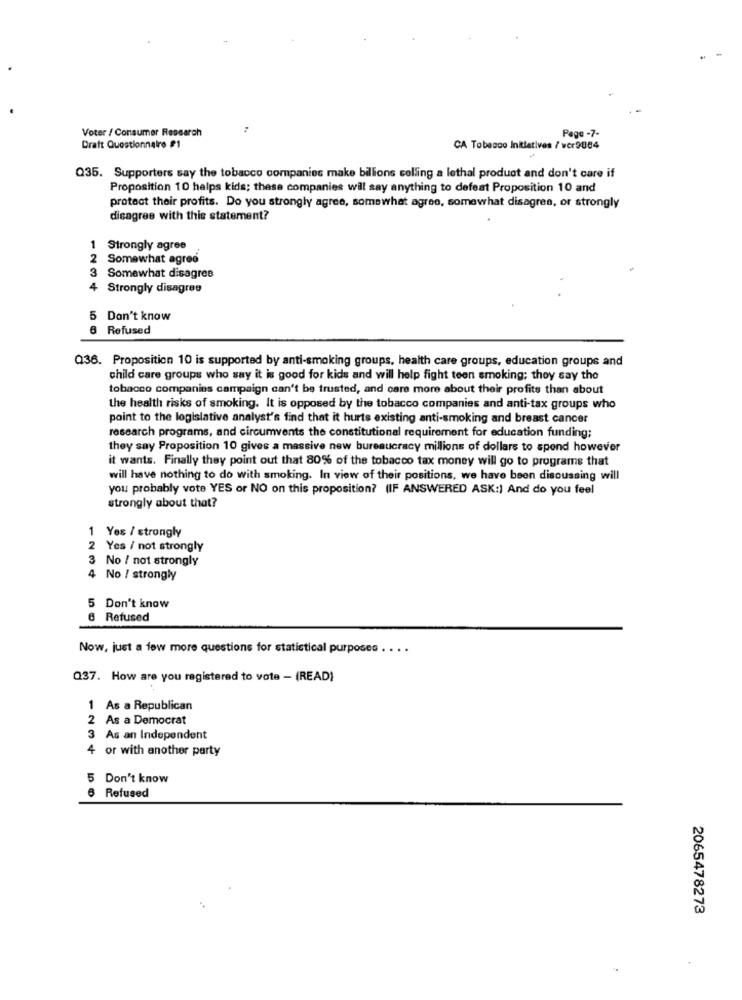
Voter / Consumer Research
Page -7-
Draft Questionnaire #1
CA Tobacco Initiatives / vcr9084
Q35. Supporters say the tobacco companies make billions colling a lethal product and don't care if
Proposition 10 helps kids; these companies will say anything to defeat Proposition 10 and
protect their profits. Do you strongly agree, somewhat agree, somewhat disagree, or strongly
disagree with this statement?
1 Strongly agree
2 Somewhat agree
3 Somewhat disagree
4 Strongly disagree
5 Don't know
8 Refused
Q36. Proposition 10 is supported by anti-smoking groups, health care groups, education groups and
child care groups who say it is good for kids and will help fight teen smoking; they say the
tobacco companies campaign can't be trusted, and care more about their profits than about
the health risks of smoking. It is opposed by the tobacco companies and anti-tax groups who
point to the legislative analyst's find that it hurts existing anti-smoking and breast cancer
research programs, and circumvents the constitutional requirement for education funding;
they say Proposition 10 gives a massive new bureaucracy millions of dollars to spend however
it wants. Finally they point out that 80% of the tobacco tax money will go to programs that
will have nothing to do with smoking. In view of their positions, we have been discussing will
you probably vote YES or NO on this proposition? (IF ANSWERED ASK:) And do you feel
strongly about that?
1 Yes / strongly
2 Yes / not strongly
3 No / not strongly
4 No / strongly
5 Don't know
6 Refused
Now, just a few more questions for statistical purposes
...
Q37. How are you registered to vote - (READ)
1 As a Republican
2 As a Democrat
3 As an Independent
4 or with another party
5 Don't know
6 Refused
2065478273